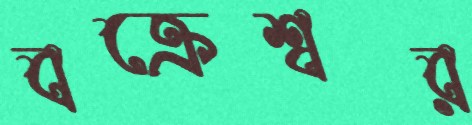
বক্রেশ্বর